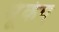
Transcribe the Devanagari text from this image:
भूंकंप